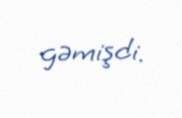
gəmişdi.